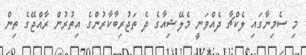
މި ސެމިނާގައި ލެކްޗާ ދެއްވަނީ މެލޭޝިއާގެ ދެ ތަޖުރިބާކާރުންގެ އިތުރުން ރާއްޖޭގެ ތިން